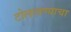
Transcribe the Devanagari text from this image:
टोलावण्याचा